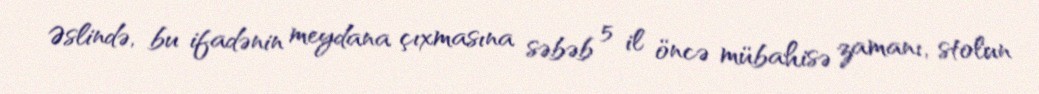
Əslində, bu ifadənin meydana çıxmasına səbəb 5 il öncə mübahisə zamanı, stolun